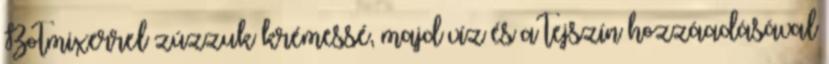
Botmixerrel zúzzuk krémessé, majd víz és a tejszín hozzáadásával